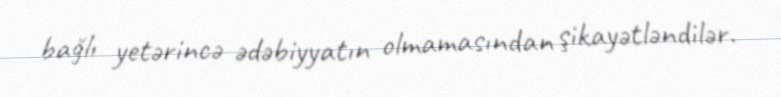
bağlı yetərincə ədəbiyyatın olmamasından şikayətləndilər.